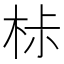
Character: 𣐹